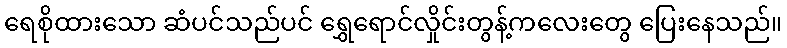
ရေစိုထားသော ဆံပင်သည်ပင် ရွှေရောင်လှိုင်းတွန့်ကလေးတွေ ပြေးနေသည်။